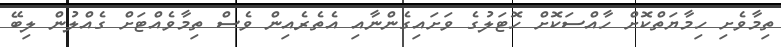
ތިމާވެށި ހިމާޔަތްކޮށް ހާއްސަކޮށް ހޮޓަލުގެ ވަށައިގެންނާއި އެތެރެއިން ވެސް ތިމާވެއްޓަށް ގެއްލުން ލިބޭ